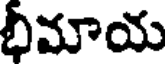
భిమాయ